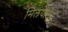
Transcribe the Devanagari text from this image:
मिलयोनेर